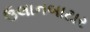
ઉલાનબાટાર